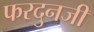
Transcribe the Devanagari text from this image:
फरदुनजी